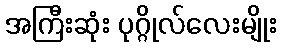
အကြီးဆုံး ပုဂ္ဂိုလ်လေးမျိုး